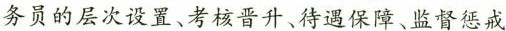
务员的层次设置、考核晋升、待遇保障、监督惩戒